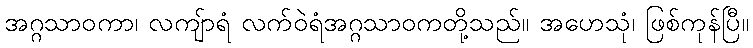
အဂ္ဂသာဝကာ၊ လကျ်ာရံ လက်ဝဲရံအဂ္ဂသာဝကတို့သည်။ အဟေသုံ၊ ဖြစ်ကုန်ပြီ။